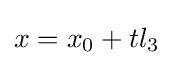
x=x_{0}+tl_{3}